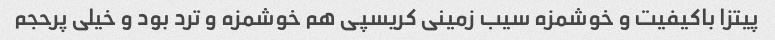
پیتزا باکیفیت و خوشمزه سیب زمینی کریسپی هم خوشمزه و ترد بود و خیلی پرحجم